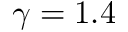
\gamma = 1 . 4